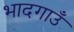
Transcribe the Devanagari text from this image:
भादगाउँ